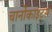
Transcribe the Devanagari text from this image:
चार्नोकाइट्स